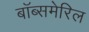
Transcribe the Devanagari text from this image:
बॉब्समेरिल